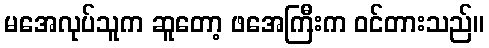
မအေလုပ်သူက ဆူတော့ ဖအေကြီးက ဝင်တားသည်။